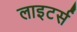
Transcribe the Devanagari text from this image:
लाइटर्स